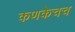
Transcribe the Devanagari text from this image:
कणकेचच